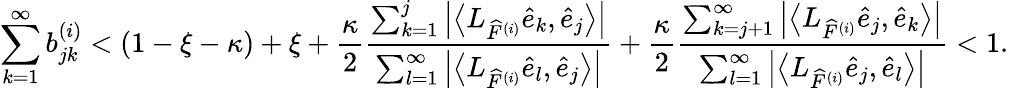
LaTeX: \sum_{k=1}^{\infty}b_{jk}^{(i)}<(1-\xi-\kappa)+\xi+\frac{\kappa}{2}\frac{\sum_{k=1}^{j}\left|\left\langle L_{\widehat{F}^{(i)}}\widehat{e}_{k},\widehat{e}_{j}\right\rangle\right|}{\sum_{l=1}^{\infty}\left|\left\langle L_{\widehat{F}^{(i)}}\widehat{e}_{l},\widehat{e}_{j}\right\rangle\right|}+\frac{\kappa}{2}\frac{\sum_{k=j+1}^{\infty}\left|\left\langle L_{\widehat{F}^{(i)}}\widehat{e}_{j},\widehat{e}_{k}\right\rangle\right|}{\sum_{l=1}^{\infty}\left|\left\langle L_{\widehat{F}^{(i)}}\widehat{e}_{j},\widehat{e}_{l}\right\rangle\right|}<1.